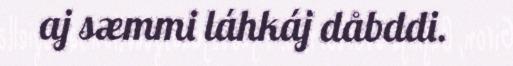
aj sæmmi láhkáj dåbddi.